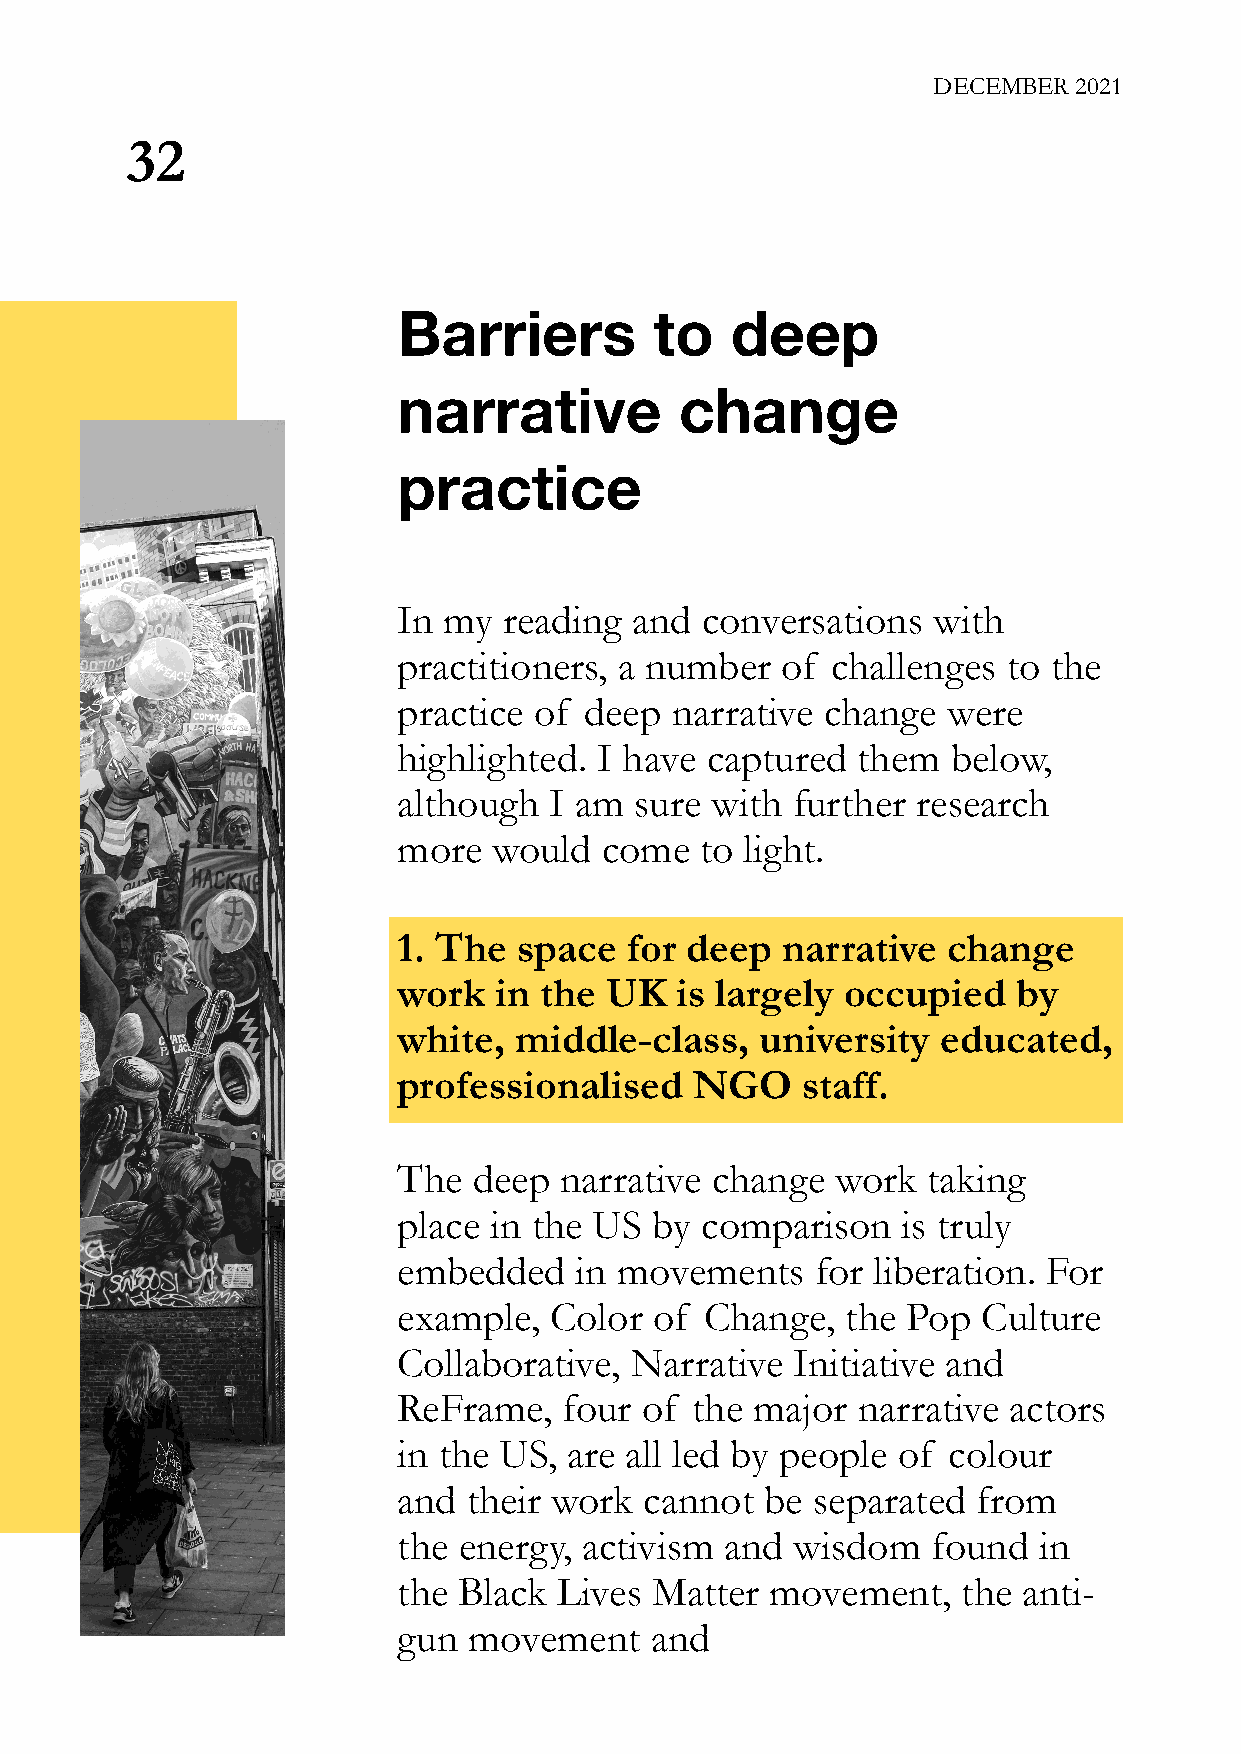
DECEMBER 2021
 32
 Barriers         to   deep
 narrative          change
 practice
 In my  reading  and conversations   with
 practitioners, a number   of challenges  to the
 practice of  deep narrative  change  were
 highlighted.  I have captured  them  below,
 although  I am  sure with further  research
 more   would  come  to light.
 1. The  space  for deep   narrative  change
 work   in the UK   is largely occupied   by
 white,  middle-class,   university  educated,
 professionalised    NGO    staff.
 The  deep  narrative change  work  taking
 place in the US  by comparison    is truly
 embedded    in movements    for liberation. For
 example,  Color  of  Change,  the Pop  Culture
 Collaborative,  Narrative Initiative and
 ReFrame,   four of  the major  narrative actors
 in the US,  are all led by people of colour
 and  their work  cannot  be separated  from
 the energy,  activism and  wisdom   found  in
 the Black  Lives Matter  movement,    the anti-
 gun  movement    and